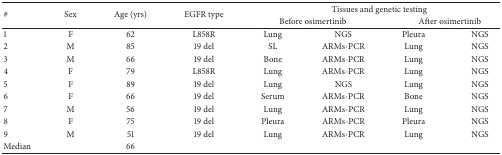
<table><thead><tr><td rowspan="2"><b>#</b></td><td rowspan="2"><b>Sex</b></td><td rowspan="2"><b>Age (yrs)</b></td><td rowspan="2"><b>EGFR type</b></td><td colspan="4"><b>Tissues and genetic testing</b></td></tr><tr><td colspan="2"><b>Before osimertinib</b></td><td colspan="2"><b>After osimertinib</b></td></tr></thead><tbody><tr><td>1</td><td>F</td><td>62</td><td>L858R</td><td>Lung</td><td>NGS</td><td>Pleura</td><td>NGS</td></tr><tr><td>2</td><td>M</td><td>85</td><td>19 del</td><td>SL</td><td>ARMs-PCR</td><td>Lung</td><td>NGS</td></tr><tr><td>3</td><td>M</td><td>66</td><td>19 del</td><td>Bone</td><td>ARMs-PCR</td><td>Lung</td><td>NGS</td></tr><tr><td>4</td><td>F</td><td>79</td><td>L858R</td><td>Lung</td><td>ARMs-PCR</td><td>Lung</td><td>NGS</td></tr><tr><td>5</td><td>F</td><td>89</td><td>19 del</td><td>Lung</td><td>NGS</td><td>Lung</td><td>NGS</td></tr><tr><td>6</td><td>F</td><td>66</td><td>19 del</td><td>Serum</td><td>ARMs-PCR</td><td>Bone</td><td>NGS</td></tr><tr><td>7</td><td>M</td><td>56</td><td>19 del</td><td>Lung</td><td>ARMs-PCR</td><td>Lung</td><td>NGS</td></tr><tr><td>8</td><td>F</td><td>75</td><td>19 del</td><td>Pleura</td><td>ARMs-PCR</td><td>Pleura</td><td>NGS</td></tr><tr><td>9</td><td>M</td><td>51</td><td>19 del</td><td>Lung</td><td>ARMs-PCR</td><td>Lung</td><td>NGS</td></tr><tr><td>Median</td><td> </td><td>66</td><td> </td><td> </td><td> </td><td> </td><td> </td></tr></tbody></table>